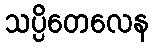
သပ္ပိတေလေန